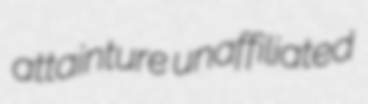
attainture unaffiliated